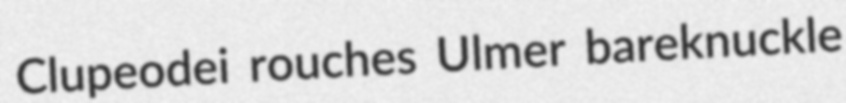
Clupeodei rouches Ulmer bareknuckle